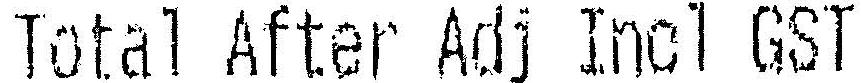
TOTAL AFTER ADJ INCL GST